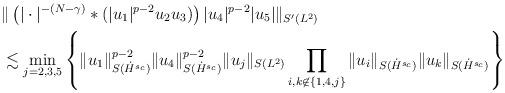
LaTeX: \begin{align*}& \| \left( |\cdot|^{-(N-\gamma)} * (|u_1|^{p-2} u_2 u_3) \right) |u_4|^{p-2} |u_5| \|_{S'(L^2)} \\&\lesssim \min_{j=2,3,5} \left\lbrace \| u_1 \|_{S(\dot{H}^{s_c} )}^{p-2} \| u_4 \|_{S(\dot{H}^{s_c} )}^{p-2} \| u_j \|_{S(L^2)} \prod_{i ,k \not \in \{ 1,4,j \}} \| u_i \|_{S(\dot{H}^{s_c} )} \| u_k\|_{S(\dot{H}^{s_c} )} \right\rbrace \end{align*}